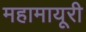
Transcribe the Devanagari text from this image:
महामायूरी